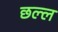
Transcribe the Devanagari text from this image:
छल्ल